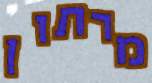
מרתון